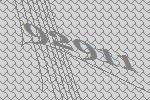
92911